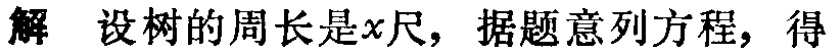
解 设树的周长是\(x\)尺，据题意列方程，得